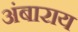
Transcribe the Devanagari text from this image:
अंबाराय